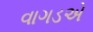
વાગડએ